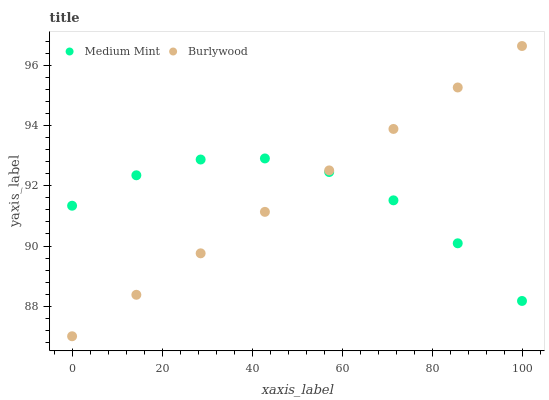
| xaxis_label | Medium Mint | Burlywood |
 | --- | --- | --- |
 | 0 | 91.3 | 87 |
 | 14.3 | 92.4 | 88.4 |
 | 28.6 | 92.9 | 89.8 |
 | 42.9 | 92.9 | 91.1 |
 | 57.1 | 92.5 | 92.5 |
 | 71.4 | 91.5 | 93.9 |
 | 85.7 | 90.1 | 95.3 |
 | 100 | 88.2 | 96.6 |